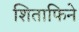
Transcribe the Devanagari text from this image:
शिताफिने